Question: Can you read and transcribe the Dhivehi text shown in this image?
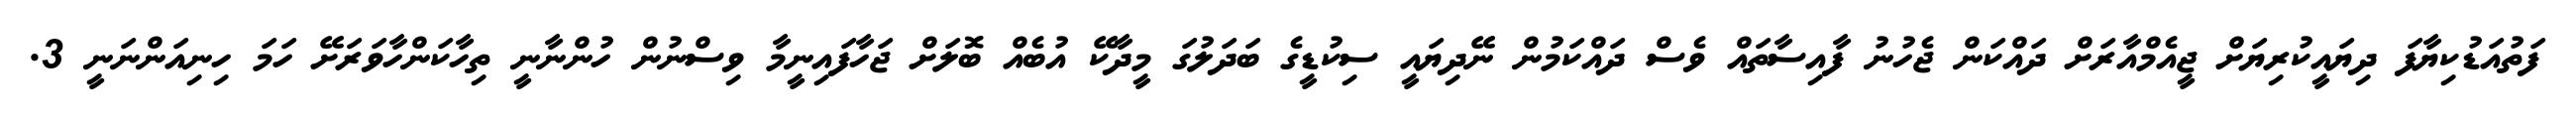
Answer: ފަތުއަޑުކިޔާފަ ދިޔައީކުރިޔަށް ޖީއެމްއާރަށް ދައްކަން ޖެހުނު ފާއިސާތައް ވެސް ދައްކަމުން ނޭދިޔައީ ސިކުޑީގެ ބަދަލުގަ މީދާކޭ އުބެއް ބޮލަށް ޖަހާފައިނީމާ ވިސްނުން ހުންނާނީ ތިހާކަންހާވަރަށޭ ހަމަ ހިނިއަންނަނީ 3.